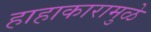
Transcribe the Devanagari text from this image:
हाहाकारामुळे